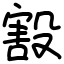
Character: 㲅